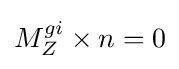
M_{Z}^{gi}\times n=0